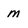
Character: m